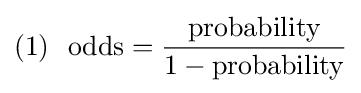
{\begin{aligned}(1)\ {\text{ odds}}={\frac {\text{probability}}{1-{\text{probability}}}}\end{aligned}}